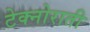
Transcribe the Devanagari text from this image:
टेक्नोराती